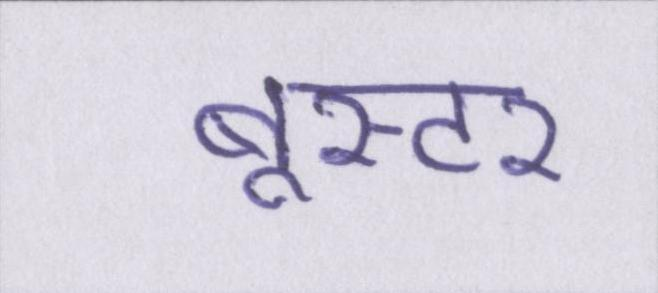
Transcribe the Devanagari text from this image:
बूस्टर